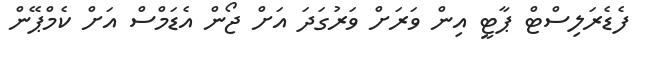
ފެޑެރަލިސްޓް ޕާޓީ އިން ވަރަށް ވަރުގަދަ އަށް ޖޯން އެޑަމްސް އަށް ކެމްޕޭން